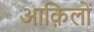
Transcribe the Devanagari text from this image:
आक़िलों